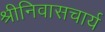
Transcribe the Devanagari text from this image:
श्रीनिवासचार्य